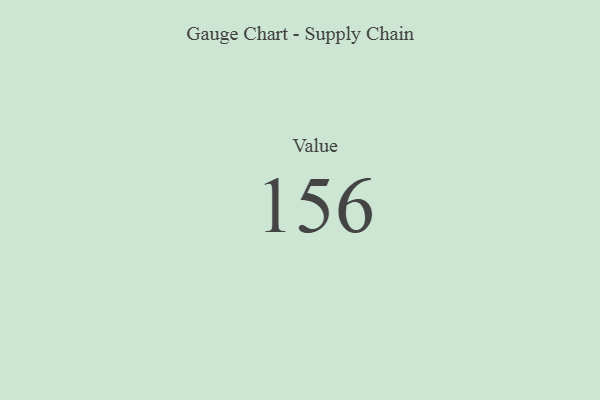
{"axis": {"x": "Metric", "y": "Value"}, "legend": [""], "data": [{"x": "Value", "y": 156, "type": ""}]}